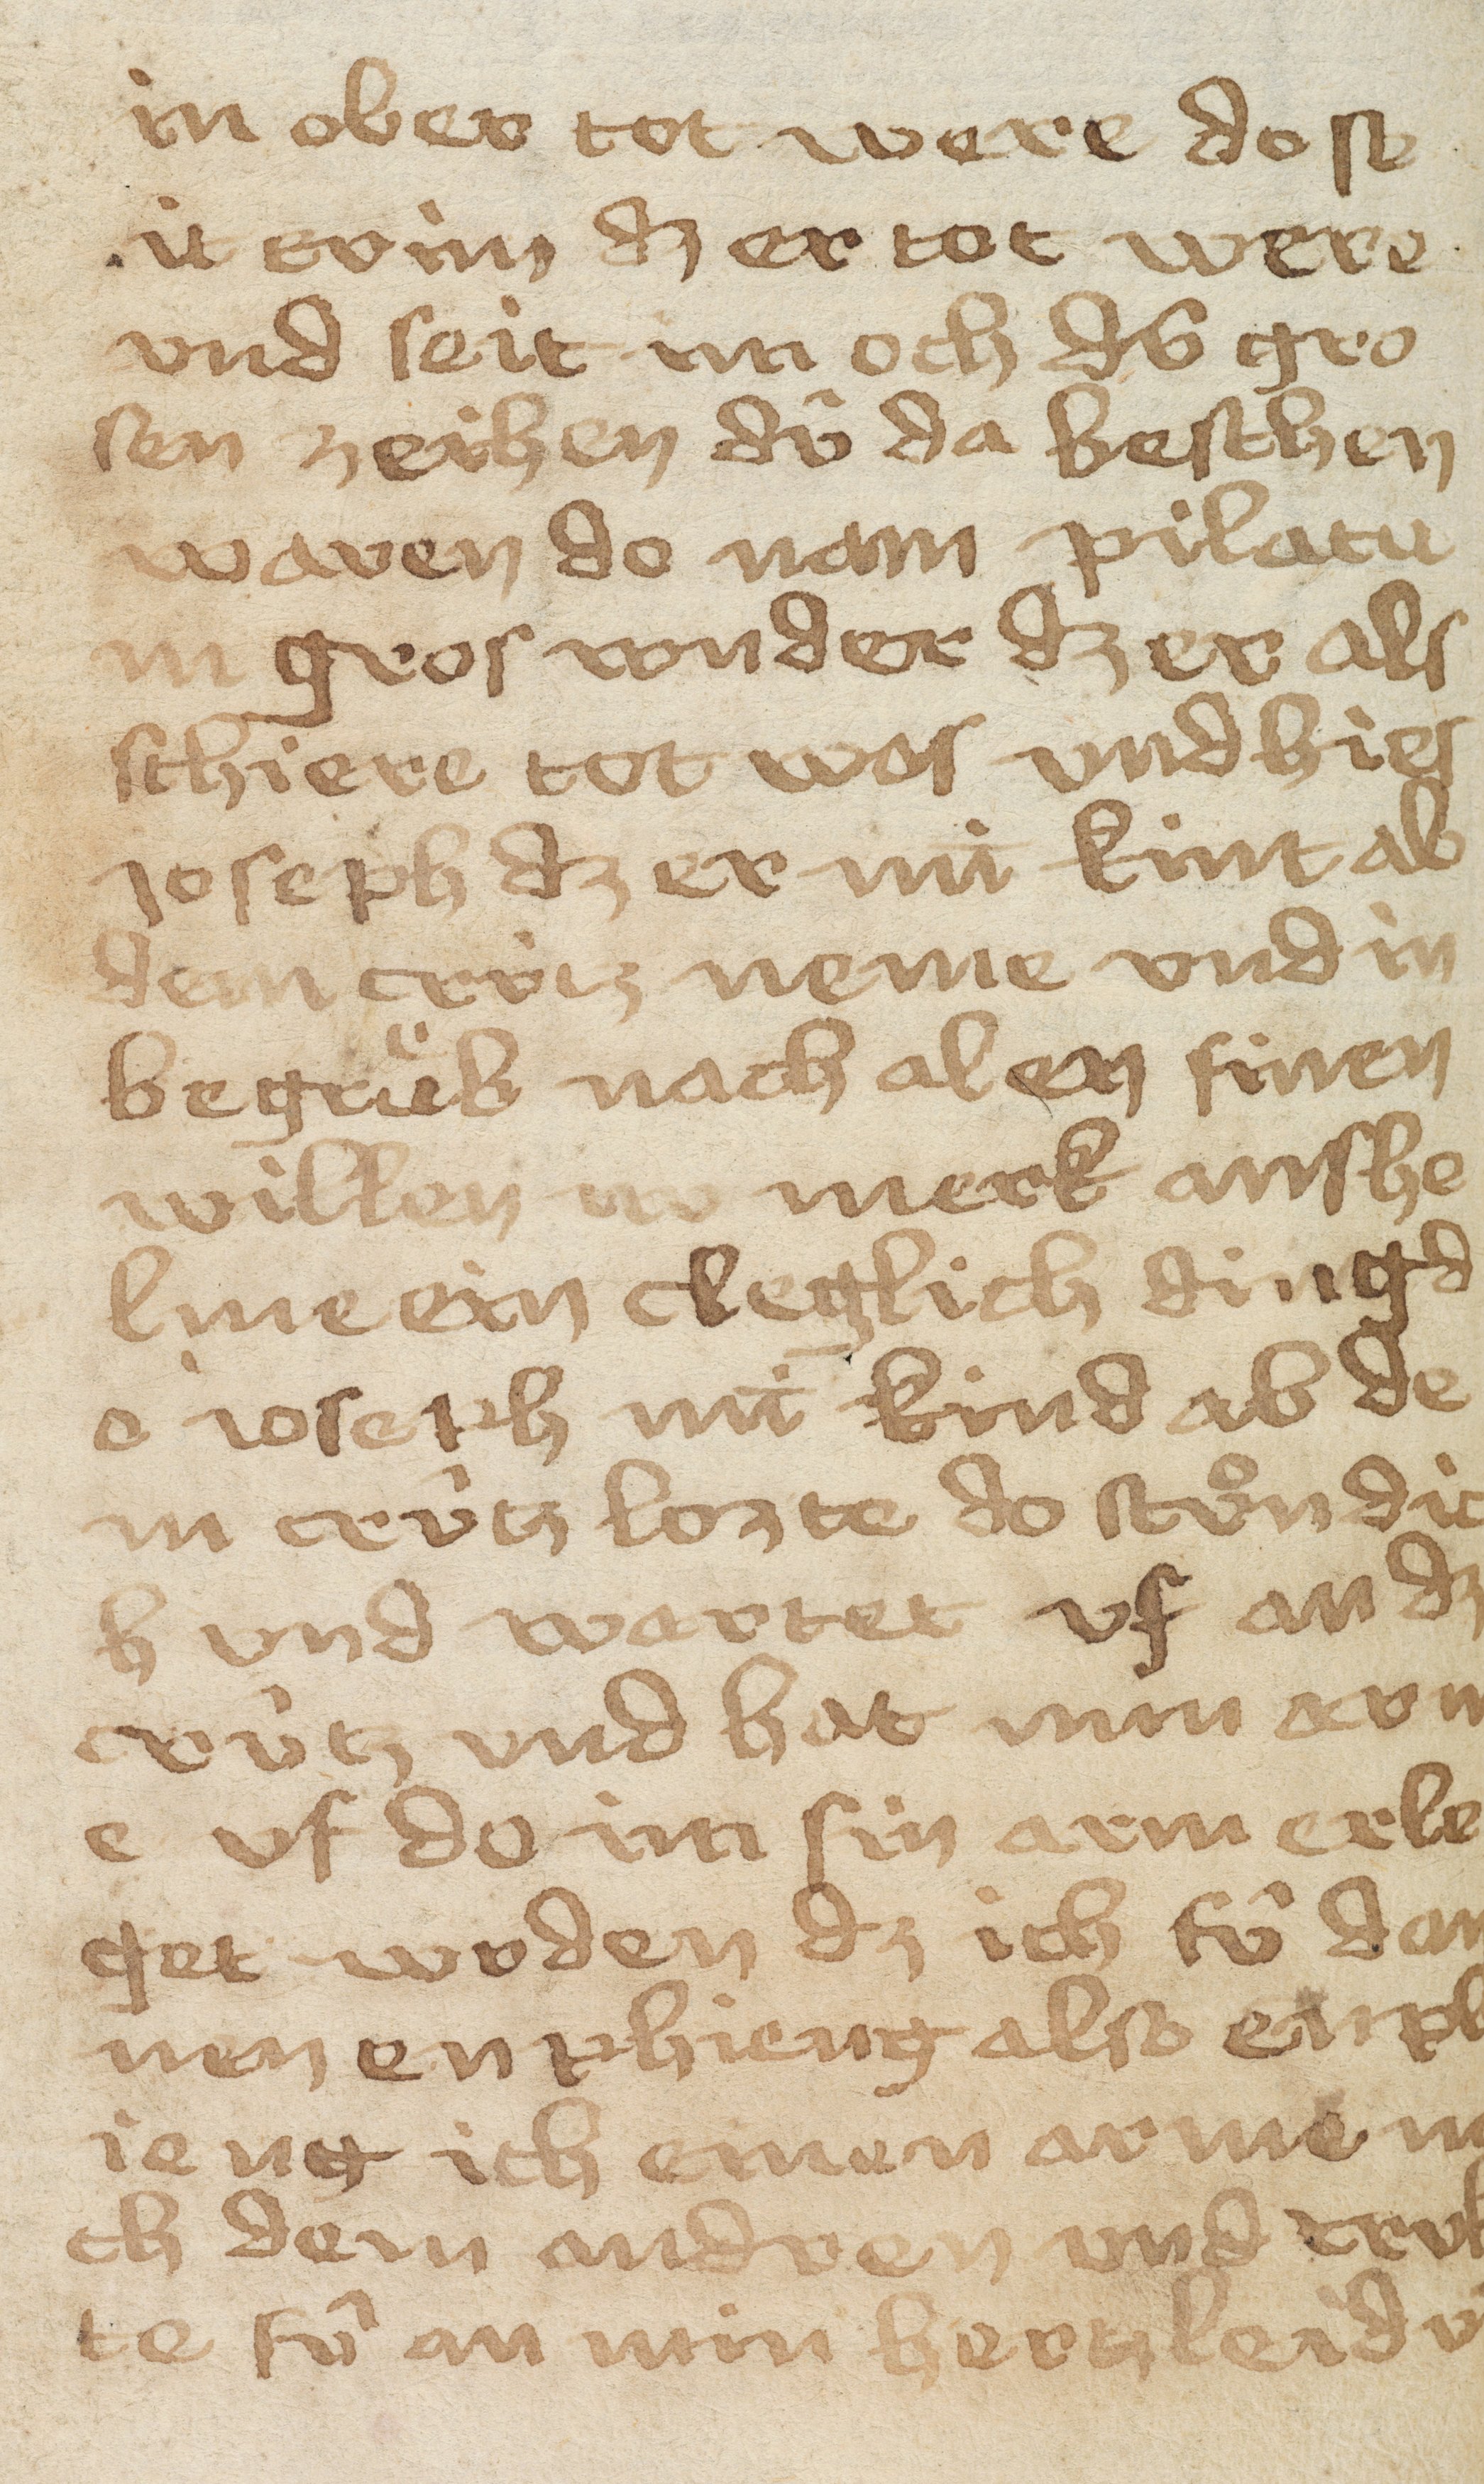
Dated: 1433–1465